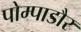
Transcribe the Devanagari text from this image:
पोम्पाडौर